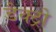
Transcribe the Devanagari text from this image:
डैक्ट्रो